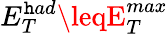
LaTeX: E_{T}^{\mathtt{h}ad}\leqE_{T}^{max}